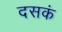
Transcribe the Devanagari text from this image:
दसकं